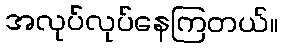
အလုပ်လုပ်နေကြတယ်။